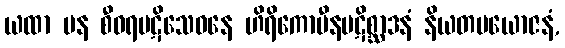
ယထာ ပန စီဝရပဋိသေဝနေ ဟိရိကောပီနပဋိစ္ဆာဒနံ နိယတပယောဇနံ,